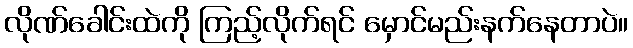
လိုဏ်ခေါင်းထဲကို ကြည့်လိုက်ရင် မှောင်မည်းနက်နေတာပဲ။